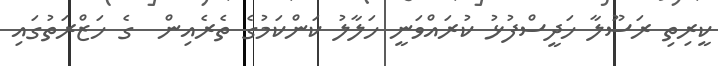
ކީރިތި ރަސޫލާ ހަދީސްފުޅު ކުރައްވަނީ ހަލާލު ކަންކަމުގެ ތެރެއިން  ގެ ހަޒްރަތުގައި